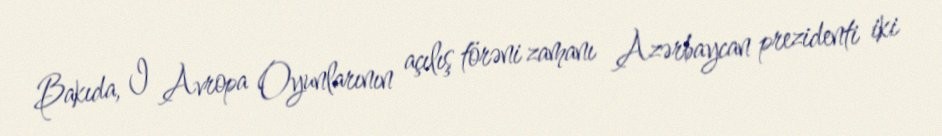
Bakıda, I Avropa Oyunlarının açılış törəni zamanı Azərbaycan prezidenti iki